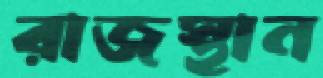
রাজস্থান